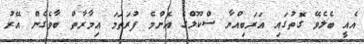
އެއީ ބެލެވޭ ގޮތުގައި އަރަބިއްޔާ ސްކޫލްގެ އެންމެ ފުރަތަމަ އިމާރާތް ބާވެގެން އޭރު